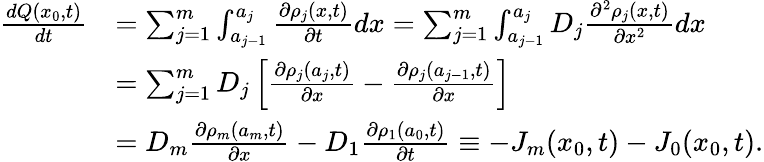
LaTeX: \begin{array}{rl}{\frac{dQ(x_{0},t)}{dt}}&{=\sum_{j=1}^{m}\int_{a_{j-1}}^{a_{j}}\frac{\partial\rho_{j}(x,t)}{\partial t}dx=\sum_{j=1}^{m}\int_{a_{j-1}}^{a_{j}}D_{j}\frac{\partial^{2}\rho_{j}(x,t)}{\partial x^{2}}dx}\\ &{=\sum_{j=1}^{m}D_{j}\left[\frac{\partial\rho_{j}(a_{j},t)}{\partial x}-\frac{\partial\rho_{j}(a_{j-1},t)}{\partial x}\right]}\\ &{=D_{m}\frac{\partial\rho_{m}(a_{m},t)}{\partial x}-D_{1}\frac{\partial\rho_{1}(a_{0},t)}{\partial t}\equiv-J_{m}(x_{0},t)-J_{0}(x_{0},t).}\end{array}